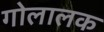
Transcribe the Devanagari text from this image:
गोलालक